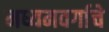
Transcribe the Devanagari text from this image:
मध्यमवर्गाचे